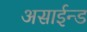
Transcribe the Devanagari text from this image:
असाईन्ड